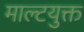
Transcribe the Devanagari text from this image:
माल्टयुक्त